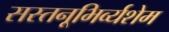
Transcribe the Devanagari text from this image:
सस्तनूभिर्व्यशेम